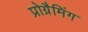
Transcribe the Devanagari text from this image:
प्रोग्रैमिंग